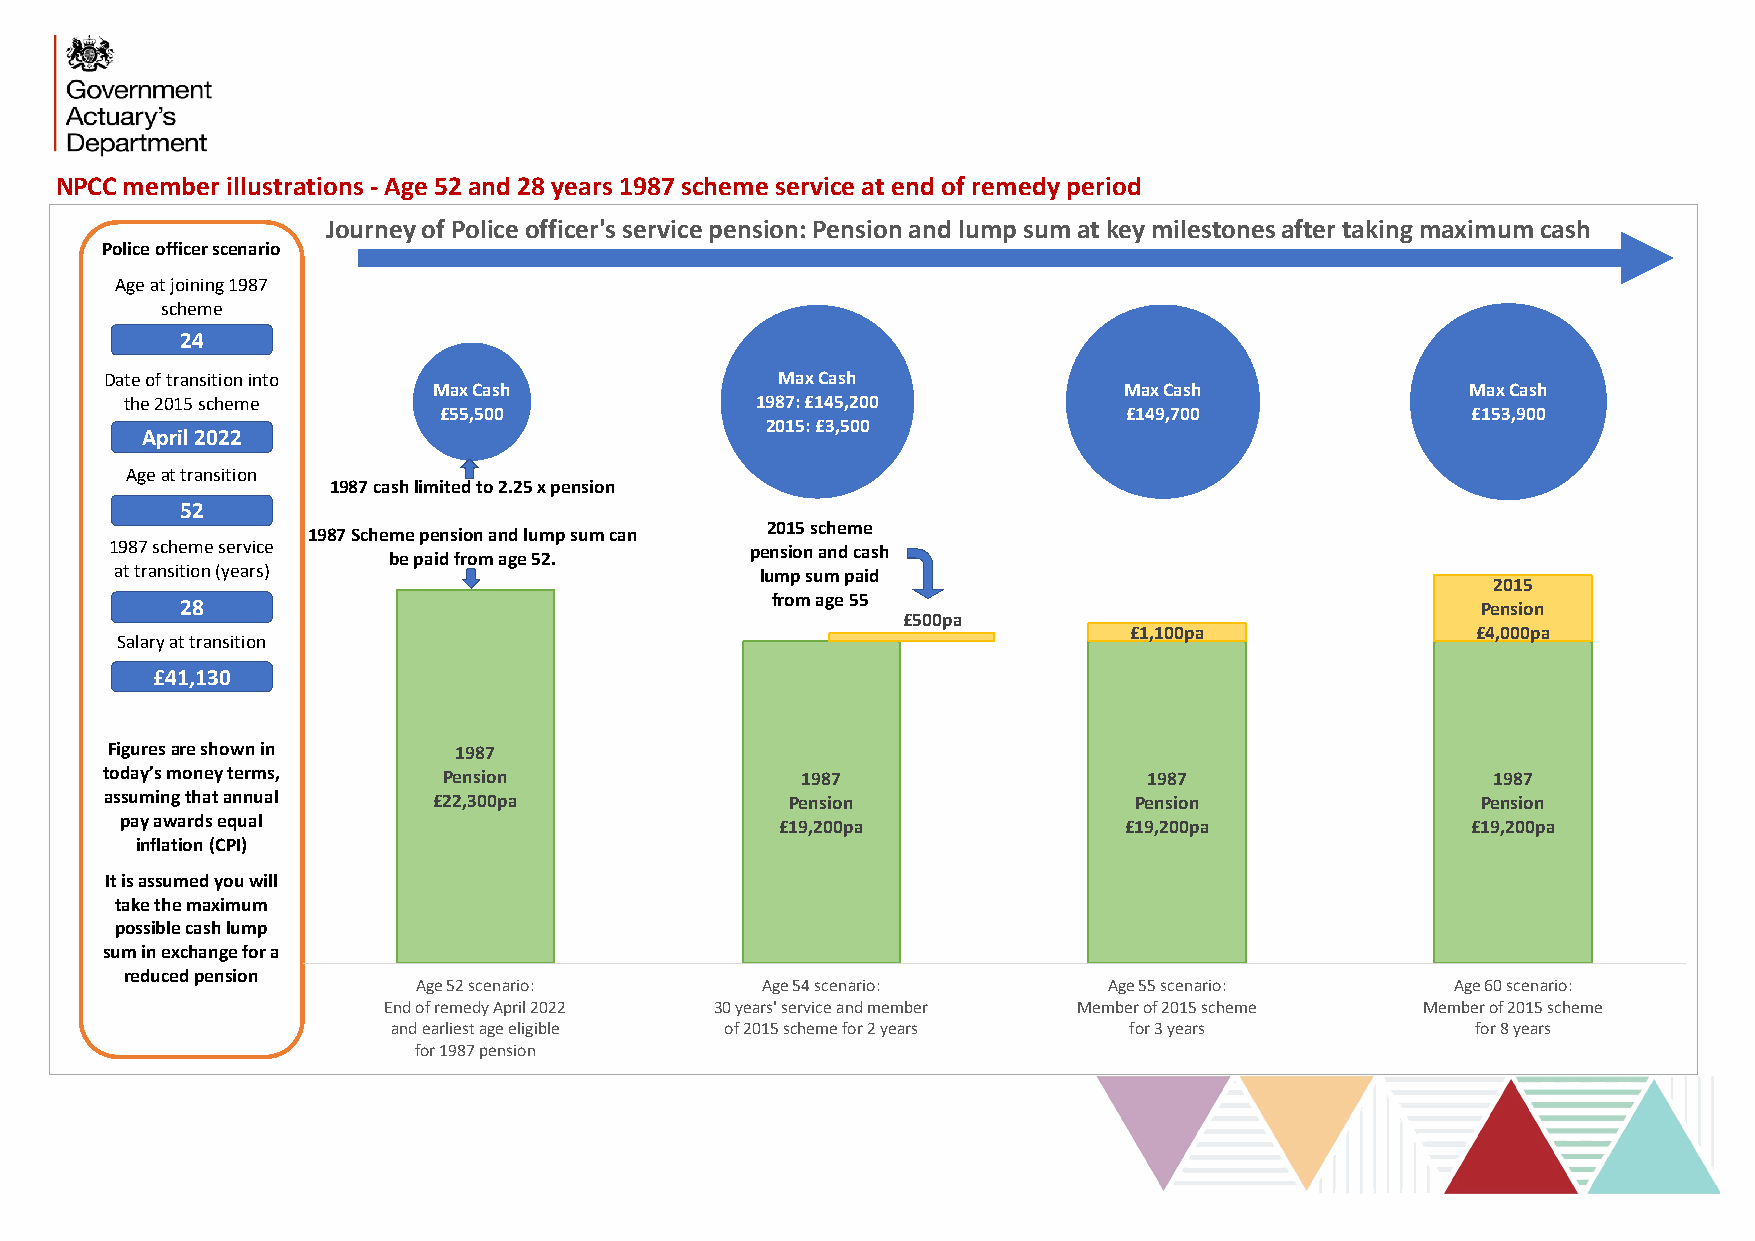
NPCC member illustrations - Age 52 and 28 years 1987 scheme service at end of remedy period
 Journey of Police officer's service pension: Pension and lump sum at key milestones after taking maximum cash
 Police officer scenario
 Age at joining 1987
 scheme
 24
 Date of transition into                     Max Cash
 Max Cash                                     Max Cash               Max Cash
 the 2015 scheme                           1987: £145,200
 £55,500                                      £149,700               £153,900
 2015: £3,500
 April 2022
 Age at transition
 1987 cash limited to 2.25 x pension
 52
 2015 scheme
 1987 Scheme pension and lump sum can
 1987 scheme service                        pension and cash
 be paid from age 52.
 at transition (years)                     lump sum paid
 2015
 from age 55
 28                                                                                    Pension
 £500pa
 £1,100pa               £4,000pa
 Salary at transition
 £41,130
 Figuresare shown in    1987
 today’s money terms,  Pension                 1987                   1987                   1987
 assumingthat annual   £22,300pa              Pension                Pension                Pension
 pay awards equal                            £19,200pa             £19,200pa              £19,200pa
 inflation (CPI)
 It isassumed you will
 take the maximum
 possible cash lump
 sum in exchange for a
 reduced pension
 Age 52 scenario:      Age 54 scenario:       Age 55 scenario:       Age 60 scenario:
 End of remedy April 2022 30 years' service and member Member of 2015 scheme Member of 2015 scheme
 and earliest age eligible of 2015 scheme for 2 years for 3 years        for 8 years
 for 1987 pension